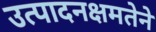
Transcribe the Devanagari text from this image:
उत्पादनक्षमतेने